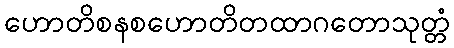
ဟောတိစနစဟောတိတထာဂတောသုတ္တံ